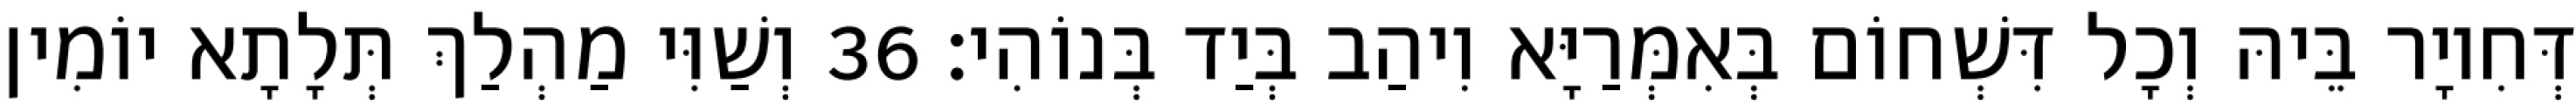
דְּחִיוָר בֵּיהּ וְכָל דִּשְׁחוֹם בְּאִמְּרַיָּא וִיהַב בְּיַד בְּנוֹהִי׃ 36 וְשַׁוִּי מַהְלַךְ תְּלָתָא יוֹמִין